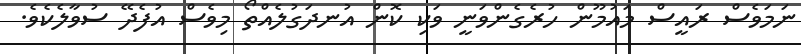
ނަމަވެސް ރައީސް މައުމޫން ހުރެގެންވަނީ ވަކި ކޮން އުނދަގުލެއްތޯ މިވެސް އުފެދޭ ސުވާލެކެވެ.